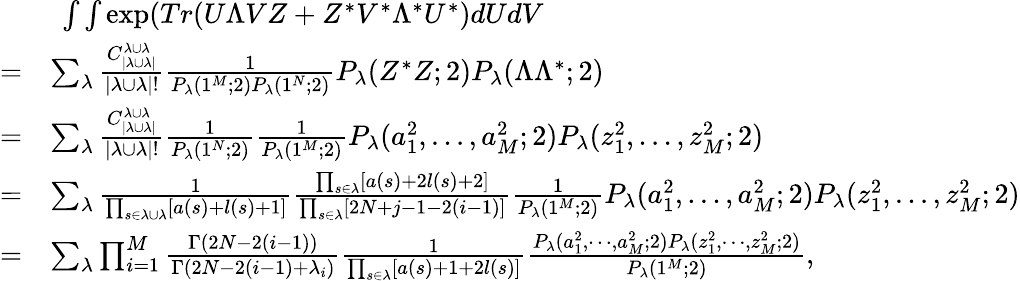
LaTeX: \begin{array}{rl}&{\ \int\int\exp(Tr(U\Lambda VZ+Z^{*}V^{*}\Lambda^{*}U^{*})dUdV}\\ {=}&{\sum_{\lambda}\frac{C_{|\lambda\cup\lambda|}^{\lambda\cup\lambda}}{|\lambda\cup\lambda|!}\frac{1}{P_{\lambda}(1^{M};2)P_{\lambda}(1^{N};2)}P_{\lambda}(Z^{*}Z;2)P_{\lambda}(\Lambda\Lambda^{*};2)}\\ {=}&{\sum_{\lambda}\frac{C_{|\lambda\cup\lambda|}^{\lambda\cup\lambda}}{|\lambda\cup\lambda|!}\frac{1}{P_{\lambda}(1^{N};2)}\frac{1}{P_{\lambda}(1^{M};2)}P_{\lambda}(a_{1}^{2},...,a_{M}^{2};2)P_{\lambda}(z_{1}^{2},...,z_{M}^{2};2)}\\ {=}&{\sum_{\lambda}\frac{1}{\prod_{s\in\lambda\cup\lambda}[a(s)+l(s)+1]}\frac{\prod_{s\in\lambda}[a(s)+2l(s)+2]}{\prod_{s\in\lambda}[2N+j-1-2(i-1)]}\frac{1}{P_{\lambda}(1^{M};2)}P_{\lambda}(a_{1}^{2},...,a_{M}^{2};2)P_{\lambda}(z_{1}^{2},...,z_{M}^{2};2)}\\ {=}&{\sum_{\lambda}\prod_{i=1}^{M}\frac{\Gamma(2N-2(i-1))}{\Gamma(2N-2(i-1)+\lambda_{i})}\frac{1}{\prod_{s\in\lambda}[a(s)+1+2l(s)]}\frac{P_{\lambda}(a_{1}^{2},\cdots,a_{M}^{2};2)P_{\lambda}(z_{1}^{2},\cdots,z_{M}^{2};2)}{P_{\lambda}(1^{M};2)},}\end{array}